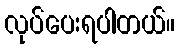
လုပ်ပေးရပါတယ်။